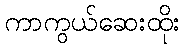
ကာကွယ်ဆေးထိုး